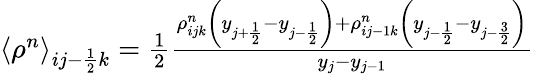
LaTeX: \begin{array}{r}{\left<\rho^{n}\right>_{ij-\frac{1}{2}k}=\frac{1}{2}\frac{\rho_{ijk}^{n}\left(y_{j+\frac{1}{2}}-y_{j-\frac{1}{2}}\right)+\rho_{ij-1k}^{n}\left(y_{j-\frac{1}{2}}-y_{j-\frac{3}{2}}\right)}{y_{j}-y_{j-1}}}\end{array}